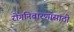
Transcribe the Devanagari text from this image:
रोगनिवारणासाठी